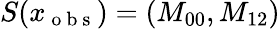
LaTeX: S(x_{\mathrm{~o~b~s~}})=\left(M_{00},M_{12}\right)